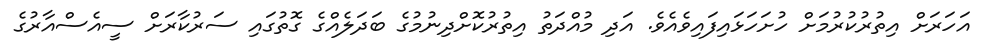
އަހަރަށް އިތުރުކުރުމަށް ހުށަހަޅައިފައިވެއެވެ. އަދި މުއްދަތު އިތުރުކޮށްދިނުމުގެ ބަދަލެއްގެ ގޮތުގައި ސަރުކާރަށް ސީއެސްއާރުގެ